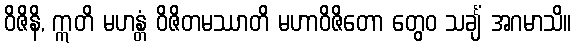
ဝိဇိနိ, ဣတိ မဟန္တံ ဝိဇိတမဿာတိ မဟာဝိဇိတော တွေဝ သင်္ချံ အဂမာသိ။